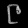
Digit: ၉